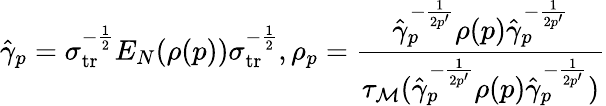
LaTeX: \hat{\gamma}_{p}=\sigma_{{\mathrm{tr}}}^{-\frac{1}{2}}E_{N}(\rho(p))\sigma_{{\mathrm{tr}}}^{-\frac{1}{2}},\rho_{p}=\frac{\hat{\gamma}_{p}^{-\frac{1}{2p^{\prime}}}\rho(p)\hat{\gamma}_{p}^{-\frac{1}{2p^{\prime}}}}{\tau_{\mathcal M}(\hat{\gamma}_{p}^{-\frac{1}{2p^{\prime}}}\rho(p)\hat{\gamma}_{p}^{-\frac{1}{2p^{\prime}}})}